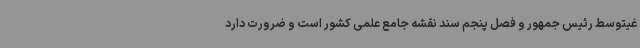
غیتوسط رئیس جمهور و فصل پنجم سند نقشه جامع علمی کشور است و ضرورت دارد